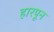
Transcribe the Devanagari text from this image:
हारपून